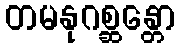
တမနုဂစ္ဆန္တော